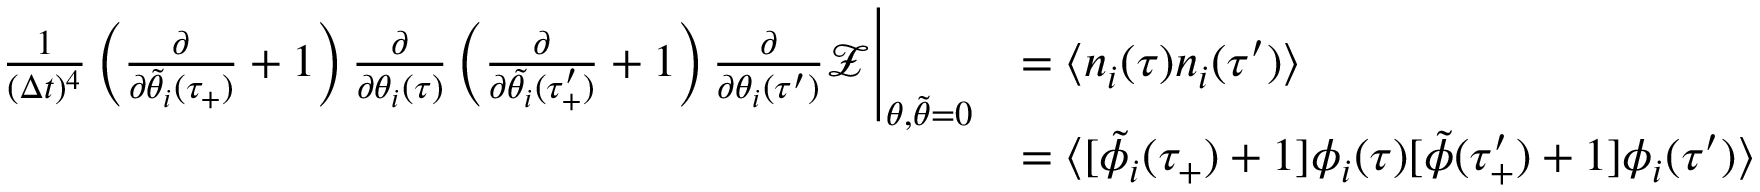
\begin{array} { r l } { \frac { 1 } { ( \Delta t ) ^ { 4 } } \left( \frac { \partial } { \partial \tilde { \theta } _ { i } ( \tau _ { + } ) } + 1 \right) \frac { \partial } { \partial \theta _ { i } ( \tau ) } \left( \frac { \partial } { \partial \tilde { \theta _ { i } } ( \tau _ { + } ^ { \prime } ) } + 1 \right) \frac { \partial } { \partial \theta _ { i } ( \tau ^ { \prime } ) } \mathcal { Z } \Bigg | _ { \theta , \tilde { \theta } = 0 } } & { = \langle n _ { i } ( \tau ) n _ { i } ( \tau ^ { \prime } ) \rangle } \\ & { = \langle [ \tilde { \phi } _ { i } ( \tau _ { + } ) + 1 ] \phi _ { i } ( \tau ) [ \tilde { \phi } ( \tau _ { + } ^ { \prime } ) + 1 ] \phi _ { i } ( \tau ^ { \prime } ) \rangle } \end{array}